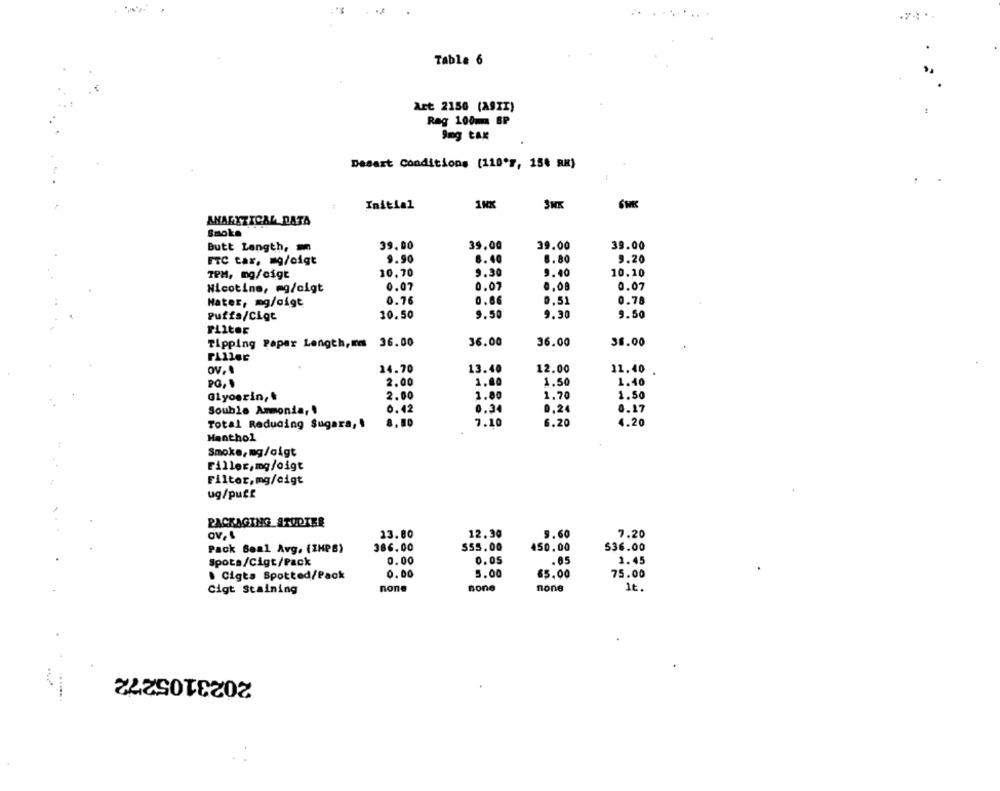
Table 6
Art 2150 (A9II)
Rag 100m BP
Desart Conditions (110'", 154 RH)
Initial
1NX
ANALYTICAL DATA
Smoke
39,00
39,00
39.00
39.00
Butt Length,
FTC tar, mg/oigt
9.90
6.40
8.80
9.20
TPM, mg/cigt
10.70
9.30
9.40
10.10
0.07
0.07
0,08
0.07
Nicotine, mg/cigt
0.76
0.66
0,51
0.78
Hater, mg/gigt
Puffa/Cigt
10.50
9.50
9.30
9.50
PLiter
Tipping Papar Length, mms 36.00
36.00
36.00
38.00
OV.
14.70
13.40
12.00
11.40
2.00
1.80
1,50
1.40
2.00
1.80
1.70
1.50
Glyoerin ,*
Souble Ammonia,
0,42
0.34
0,24
0.17
Total Reducing Sugara,
8.80
7.10
6.20
4.20
Henthol
Smoke, mg/oigt
Filler, mg/oigt
Filter, mg/cigt
ug/pu££
PACKAGING STUDIES
av, 1
13.80
12.30
9.60
7.20
386.00
555.00
450.00
536.00
Pack Seal Avg. (IHPS)
Spota/Cigt/Pack
0.00
0.05
.85
1.45
. Cigts Spotted/Pack
0.00
5.00
65.00
75.00
Cigt Staining
none
none
none
1t.
2023105272